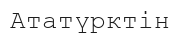
Ататүрктін